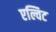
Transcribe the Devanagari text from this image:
एल्विट